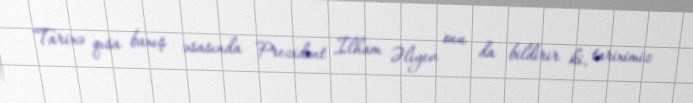
Tarixə qısa baxış əsasında Prezident İlham Əliyev onu da bildirir ki, tariximiz